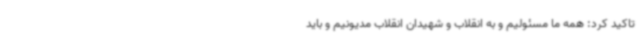
تاکید کرد: همه ما مسئولیم و به انقلاب و شهیدان انقلاب مدیونیم و باید